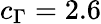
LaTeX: c_{\Gamma}=2.6